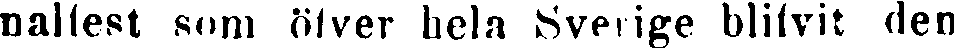
nalfest som öfver hela Sverige blifvit den